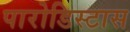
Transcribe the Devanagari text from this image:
पारोडिस्टास